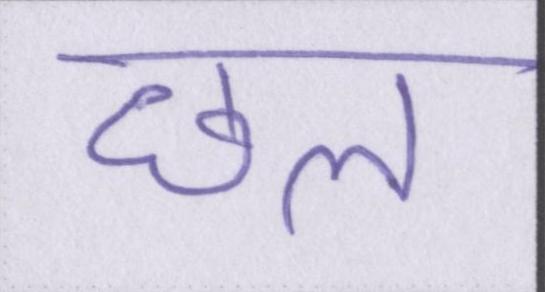
छल